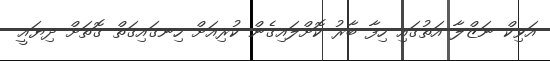
އަވިކް ނަޒްލާ އަތުގައި ހިފާ ބާރު ކޮށްލައިގެން ކުރިއަށް ހިނގައިގަތް ގޮތަށް ދިޔައީ